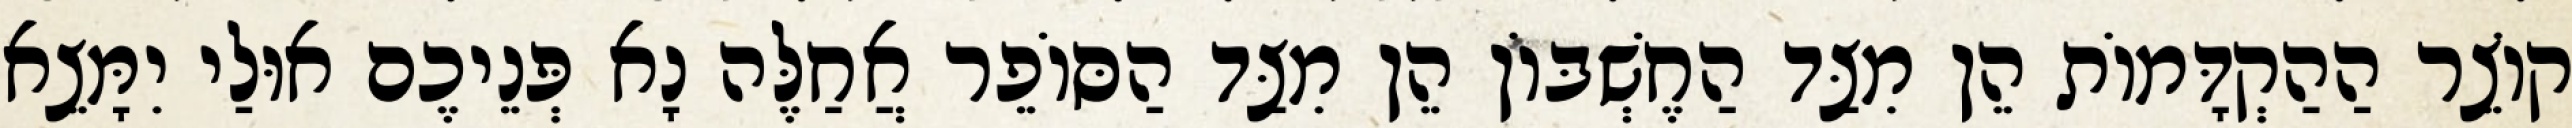
קוֹצֵר הַהַקְדָּמוֹת הֵן מִצַּד הַחֶשְׁבּוֹן הֵן מִצַּד הַסּוֹפֵר אֲחַלֶּה נָא פְּנֵיכֶם אוּלַי יִמָּצֵא